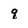
Character: q